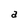
Character: a